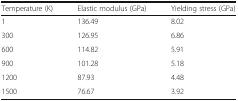
<table><thead><tr><td><b>Temperature (K)</b></td><td><b>Elastic modulus (GPa)</b></td><td><b>Yielding stress (GPa)</b></td></tr></thead><tbody><tr><td>1</td><td>136.49</td><td>8.02</td></tr><tr><td>300</td><td>126.95</td><td>6.86</td></tr><tr><td>600</td><td>114.82</td><td>5.91</td></tr><tr><td>900</td><td>101.28</td><td>5.18</td></tr><tr><td>1200</td><td>87.93</td><td>4.48</td></tr><tr><td>1500</td><td>76.67</td><td>3.92</td></tr></tbody></table>